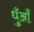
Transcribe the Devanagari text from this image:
धुँआँ